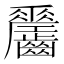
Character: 𪙼